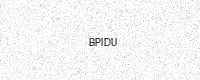
Text: BPIDU